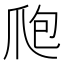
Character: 爮